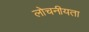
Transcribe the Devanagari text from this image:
लोचनीयता